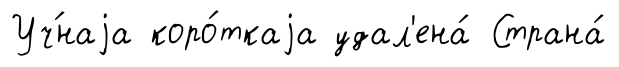
Уч́наjа коро́ткаjа удал'ена́ Страна́